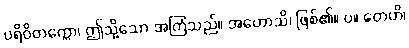
ပရိဝိတက္ကော၊ ဤသို့သော အကြံသည်။ အဟောသိ၊ ဖြစ်၏။ ပ။ တေဟိ၊